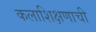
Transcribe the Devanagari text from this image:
कलाशिक्षणाची